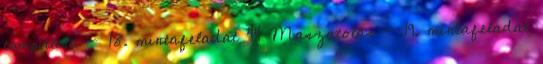
tompítása - 18. mintafeladat 44 Maszatolás - 19. mintafeladat